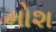
મોશ